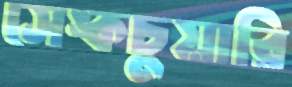
সেঙ্কচুয়ারি